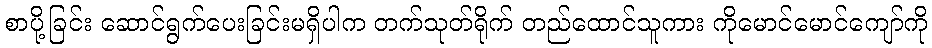
စာပို့ခြင်း ဆောင်ရွက်ပေးခြင်းမရှိပါက တက်သုတ်ရိုက် တည်ထောင်သူကား ကိုမောင်မောင်ကျော်ကို